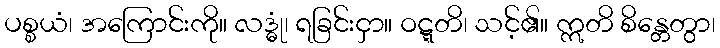
ပစ္စယံ၊ အကြောင်းကို။ လဒ္ဓုံ၊ ရခြင်းငှာ။ ဝဋ္ဋတိ၊ သင့်၏။ ဣတိ စိန္တေတွာ၊